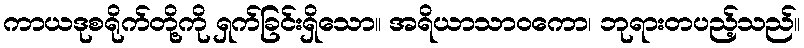
ကာယဒုစရိုက်တို့ကို ရှက်ခြင်းရှိသော။ အရိယာသာဝကော၊ ဘုရားတပည့်သည်။